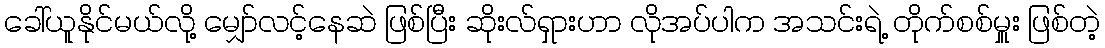
ခေါ်ယူနိုင်မယ်လို့ မျှော်လင့်နေဆဲ ဖြစ်ပြီး ဆိုးလ်ရှားဟာ လိုအပ်ပါက အသင်းရဲ့ တိုက်စစ်မှူး ဖြစ်တဲ့